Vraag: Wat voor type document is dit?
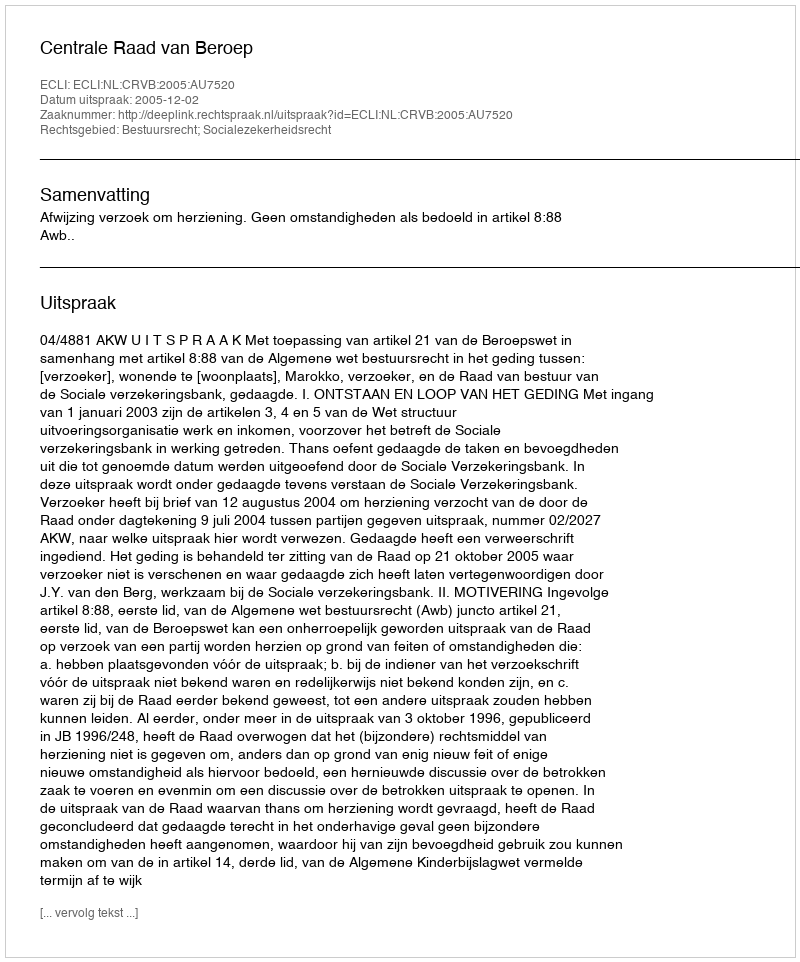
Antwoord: Uitspraak